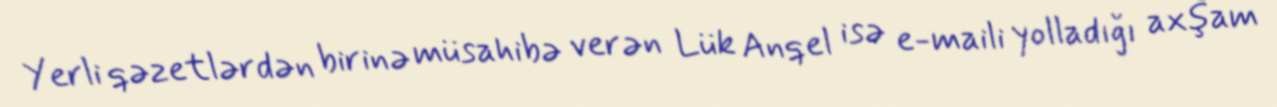
Yerli qəzetlərdən birinə müsahibə verən Lük Anqel isə e-maili yolladığı axşam